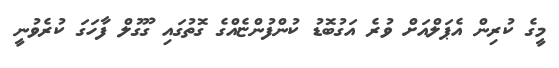
މީގެ ކުރިން އެޕަލްއަށް ވުރެ އަގުބޮޑު ކުންފުންޏެއްގެ ގޮތުގައި ގޫގުލް ފާހަގަ ކުރެވުނީ